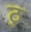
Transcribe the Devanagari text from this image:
ठु